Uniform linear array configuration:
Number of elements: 8
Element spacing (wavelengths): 0.25
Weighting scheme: cosine
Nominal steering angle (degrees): -30
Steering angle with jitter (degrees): -28.95
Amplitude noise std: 0.05
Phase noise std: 0.05

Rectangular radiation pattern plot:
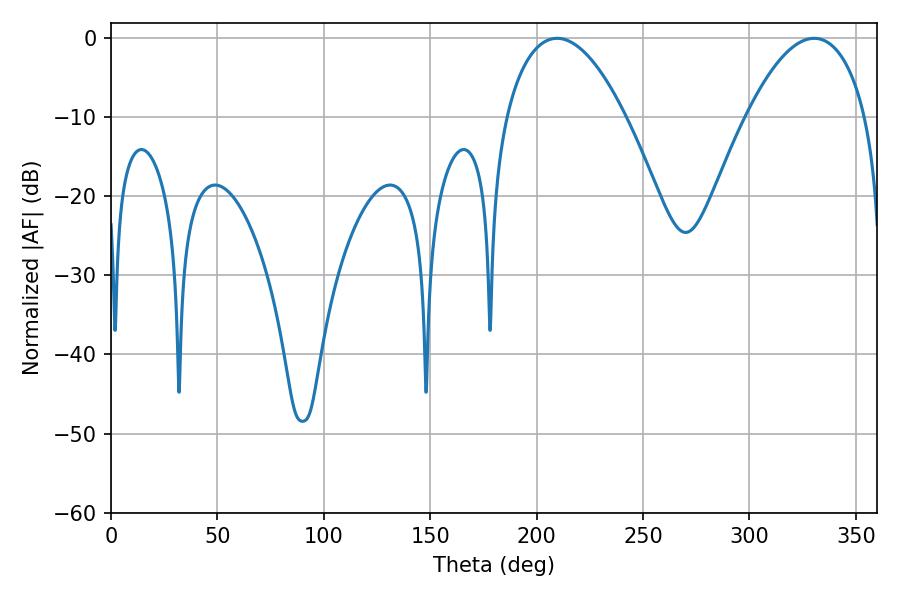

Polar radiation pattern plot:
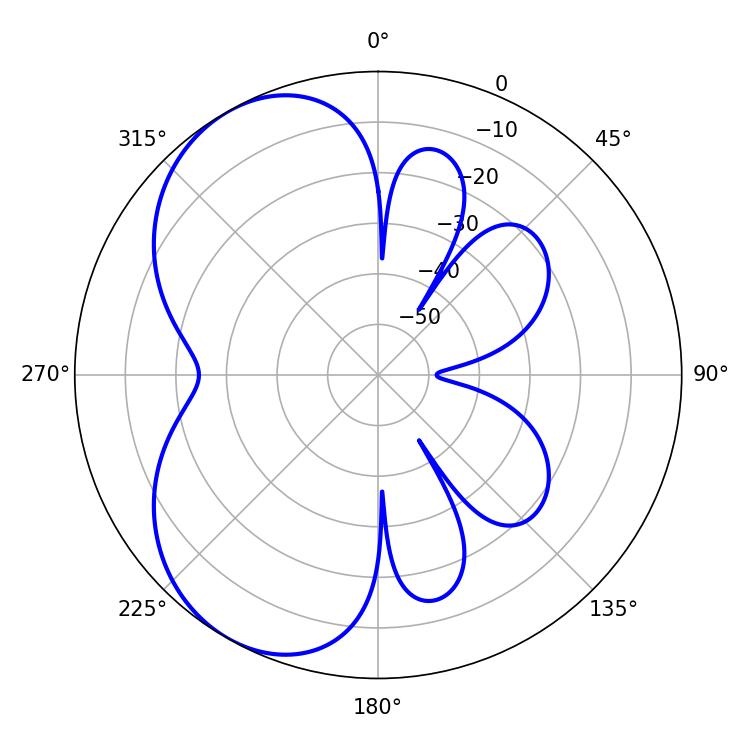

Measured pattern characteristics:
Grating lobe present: FALSE
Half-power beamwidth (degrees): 31.32
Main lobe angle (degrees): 209.52